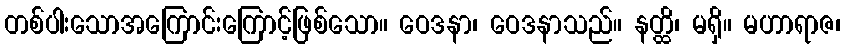
တစ်ပါးသောအကြောင်းကြောင့်ဖြစ်သော။ ဝေဒနာ၊ ဝေဒနာသည်။ နတ္ထိ၊ မရှိ။ မဟာရာဇ၊